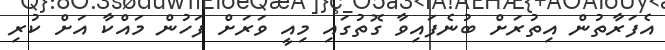
އެފަރާތުން އިތުރަށް ބުނެފައިވާ ގޮތުގައި މިއީ ވަރަށް ފަހުން މައްކާ އަށް ކުރި